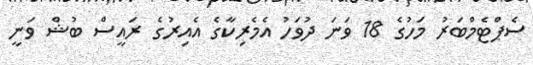
ސެޕްޓެމްބަރު މަހުގެ 18 ވަނަ ދުވަހު އެމެރިކާގެ އެއިރުގެ ރައީސް ބުޝް ވަނީ